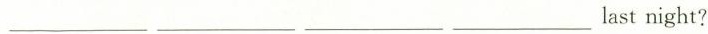
___ ___ ___ ___last night?